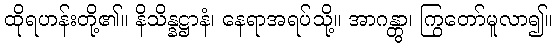
ထိုရဟန်းတို့၏။ နိသိန္နဋ္ဌာနံ၊ နေရာအရပ်သို့။ အာဂန္တွာ၊ ကြွတော်မူလာ၍။